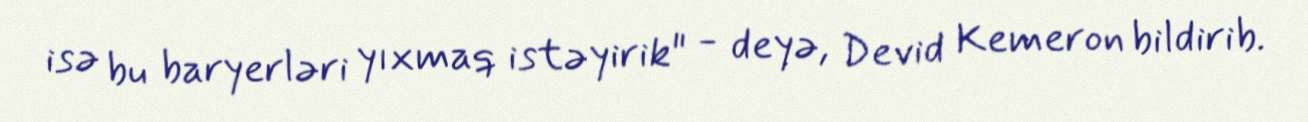
isə bu baryerləri yıxmaq istəyirik" - deyə, Devid Kemeron bildirib.